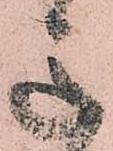
意